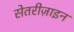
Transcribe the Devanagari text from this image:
सेतरीज़ाइन